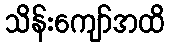
သိန်းကျော်အထိ